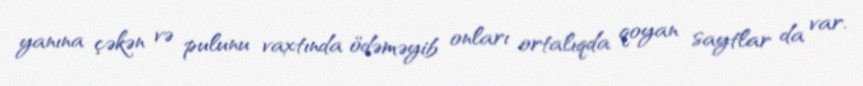
yanına çəkən və pulunu vaxtında ödəməyib onları ortalıqda qoyan saytlar da var.